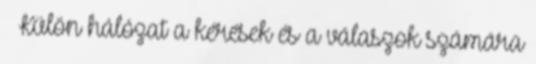
– Külön hálózat a kérések és a válaszok számára